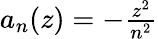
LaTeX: \textstyle{a_{n}(z)=-{\frac{z^{2}}{n^{2}}}}